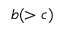
b ( > c )